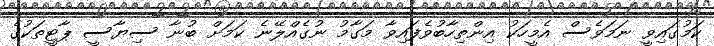
ކަމުގައިވީ ނަމަވެސް އެމީހަކު އިންތިހާބުވެފައިވާ މަގާމު ނުގެއްލޭނެ ކަމަށް ބުނާ ސިޔާސީ ޕާޓީތަކުގެ